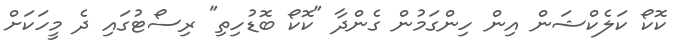
ކޮކޯ ކަލެކްޝަން އިން ހިންގަމުން ގެންދާ "ކޮކޯ ބޮޑުހިތި" ރިސޯޓުގައި ދެ މީހަކަށް